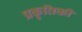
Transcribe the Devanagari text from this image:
प्रकृतिकी